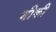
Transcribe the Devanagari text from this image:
भीकी